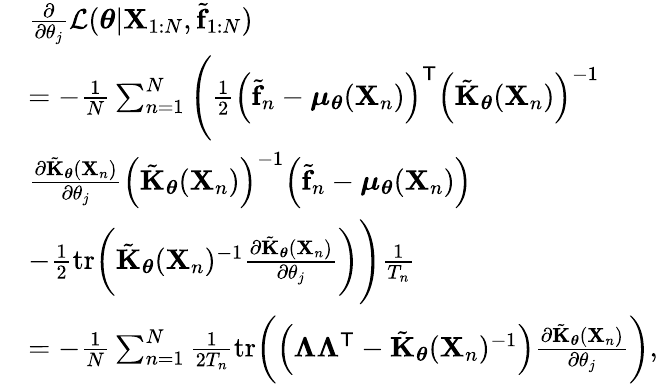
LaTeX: \begin{array}{rl}&{\frac{\partial}{\partial\theta_{j}}\mathcal{L}(\boldsymbol{\theta}|\mathbf{X}_{1:N},\tilde{\mathbf{f}}_{1:N})}\\ &{=-\frac{1}{N}\sum_{n=1}^{N}\Bigg(\frac{1}{2}\Big(\tilde{\mathbf{f}}_{n}-\boldsymbol{\mu_{\theta}}(\mathbf{X}_{n})\Big)^{\sf T}\Big(\tilde{\mathbf{K}}_{\boldsymbol{\theta}}(\mathbf{X}_{n})\Big)^{-1}}\\ &{\frac{\partial\tilde{\mathbf{K}}_{\boldsymbol{\theta}}(\mathbf{X}_{n})}{\partial\theta_{j}}\Big(\tilde{\mathbf{K}}_{\boldsymbol{\theta}}(\mathbf{X}_{n})\Big)^{-1}\Big(\tilde{\mathbf{f}}_{n}-\boldsymbol{\mu_{\theta}}(\mathbf{X}_{n})\Big)}\\ &{-\frac{1}{2}\mathrm{tr}\bigg(\tilde{\mathbf{K}}_{\boldsymbol{\theta}}(\mathbf{X}_{n})^{-1}\frac{\partial\tilde{\mathbf{K}}_{\boldsymbol{\theta}}(\mathbf{X}_{n})}{\partial\theta_{j}}\bigg)\Bigg)\frac{1}{T_{n}}}\\ &{=-\frac{1}{N}\sum_{n=1}^{N}\frac{1}{2T_{n}}\mathrm{tr}\bigg(\Big(\boldsymbol{\Lambda\Lambda}^{\sf T}-\tilde{\mathbf{K}}_{\boldsymbol{\theta}}(\mathbf{X}_{n})^{-1}\Big)\frac{\partial\tilde{\mathbf{K}}_{\boldsymbol{\theta}}(\mathbf{X}_{n})}{\partial\theta_{j}}\bigg),}\end{array}